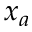
x _ { a }